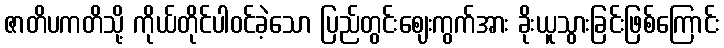
ဇာတိပကတိသို့ ကိုယ်တိုင်ပါဝင်ခဲ့သော ပြည်တွင်းဈေးကွက်အား ခိုးယူသွားခြင်းဖြစ်ကြောင်း